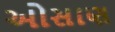
ઓસાણ